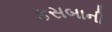
કસબાની